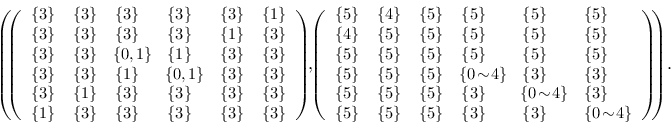
\begin{array} { r l } & { \small { \left( \! \! \left( \begin{array} { l l l l l l } { \{ 3 \} } & { \{ 3 \} } & { \{ 3 \} } & { \{ 3 \} } & { \{ 3 \} } & { \{ 1 \} } \\ { \{ 3 \} } & { \{ 3 \} } & { \{ 3 \} } & { \{ 3 \} } & { \{ 1 \} } & { \{ 3 \} } \\ { \{ 3 \} } & { \{ 3 \} } & { \! \{ 0 , 1 \} \! } & { \{ 1 \} } & { \{ 3 \} } & { \{ 3 \} } \\ { \{ 3 \} } & { \{ 3 \} } & { \{ 1 \} } & { \! \{ 0 , 1 \} \! } & { \{ 3 \} } & { \{ 3 \} } \\ { \{ 3 \} } & { \{ 1 \} } & { \{ 3 \} } & { \{ 3 \} } & { \{ 3 \} } & { \{ 3 \} } \\ { \{ 1 \} } & { \{ 3 \} } & { \{ 3 \} } & { \{ 3 \} } & { \{ 3 \} } & { \{ 3 \} } \end{array} \right) \! \! , \! \! \left( \begin{array} { l l l l l l } { \{ 5 \} } & { \{ 4 \} } & { \{ 5 \} } & { \{ 5 \} } & { \{ 5 \} } & { \{ 5 \} } \\ { \{ 4 \} } & { \{ 5 \} } & { \{ 5 \} } & { \{ 5 \} } & { \{ 5 \} } & { \{ 5 \} } \\ { \{ 5 \} } & { \{ 5 \} } & { \{ 5 \} } & { \{ 5 \} } & { \{ 5 \} } & { \{ 5 \} } \\ { \{ 5 \} } & { \{ 5 \} } & { \{ 5 \} } & { \! \{ 0 \! \sim \! 4 \} \! } & { \{ 3 \} } & { \{ 3 \} } \\ { \{ 5 \} } & { \{ 5 \} } & { \{ 5 \} } & { \{ 3 \} } & { \! \{ 0 \! \sim \! 4 \} \! } & { \{ 3 \} } \\ { \{ 5 \} } & { \{ 5 \} } & { \{ 5 \} } & { \{ 3 \} } & { \{ 3 \} } & { \{ 0 \! \sim \! 4 \} } \end{array} \right) \! \! \right) \! . } } \end{array}